Bréfritari: Árni Árnason
Viðtakandi: Jón Borgfirðings Jónsson
Dagsetning: A-1860-08-12
Skrifað á: Enni  Eyf.

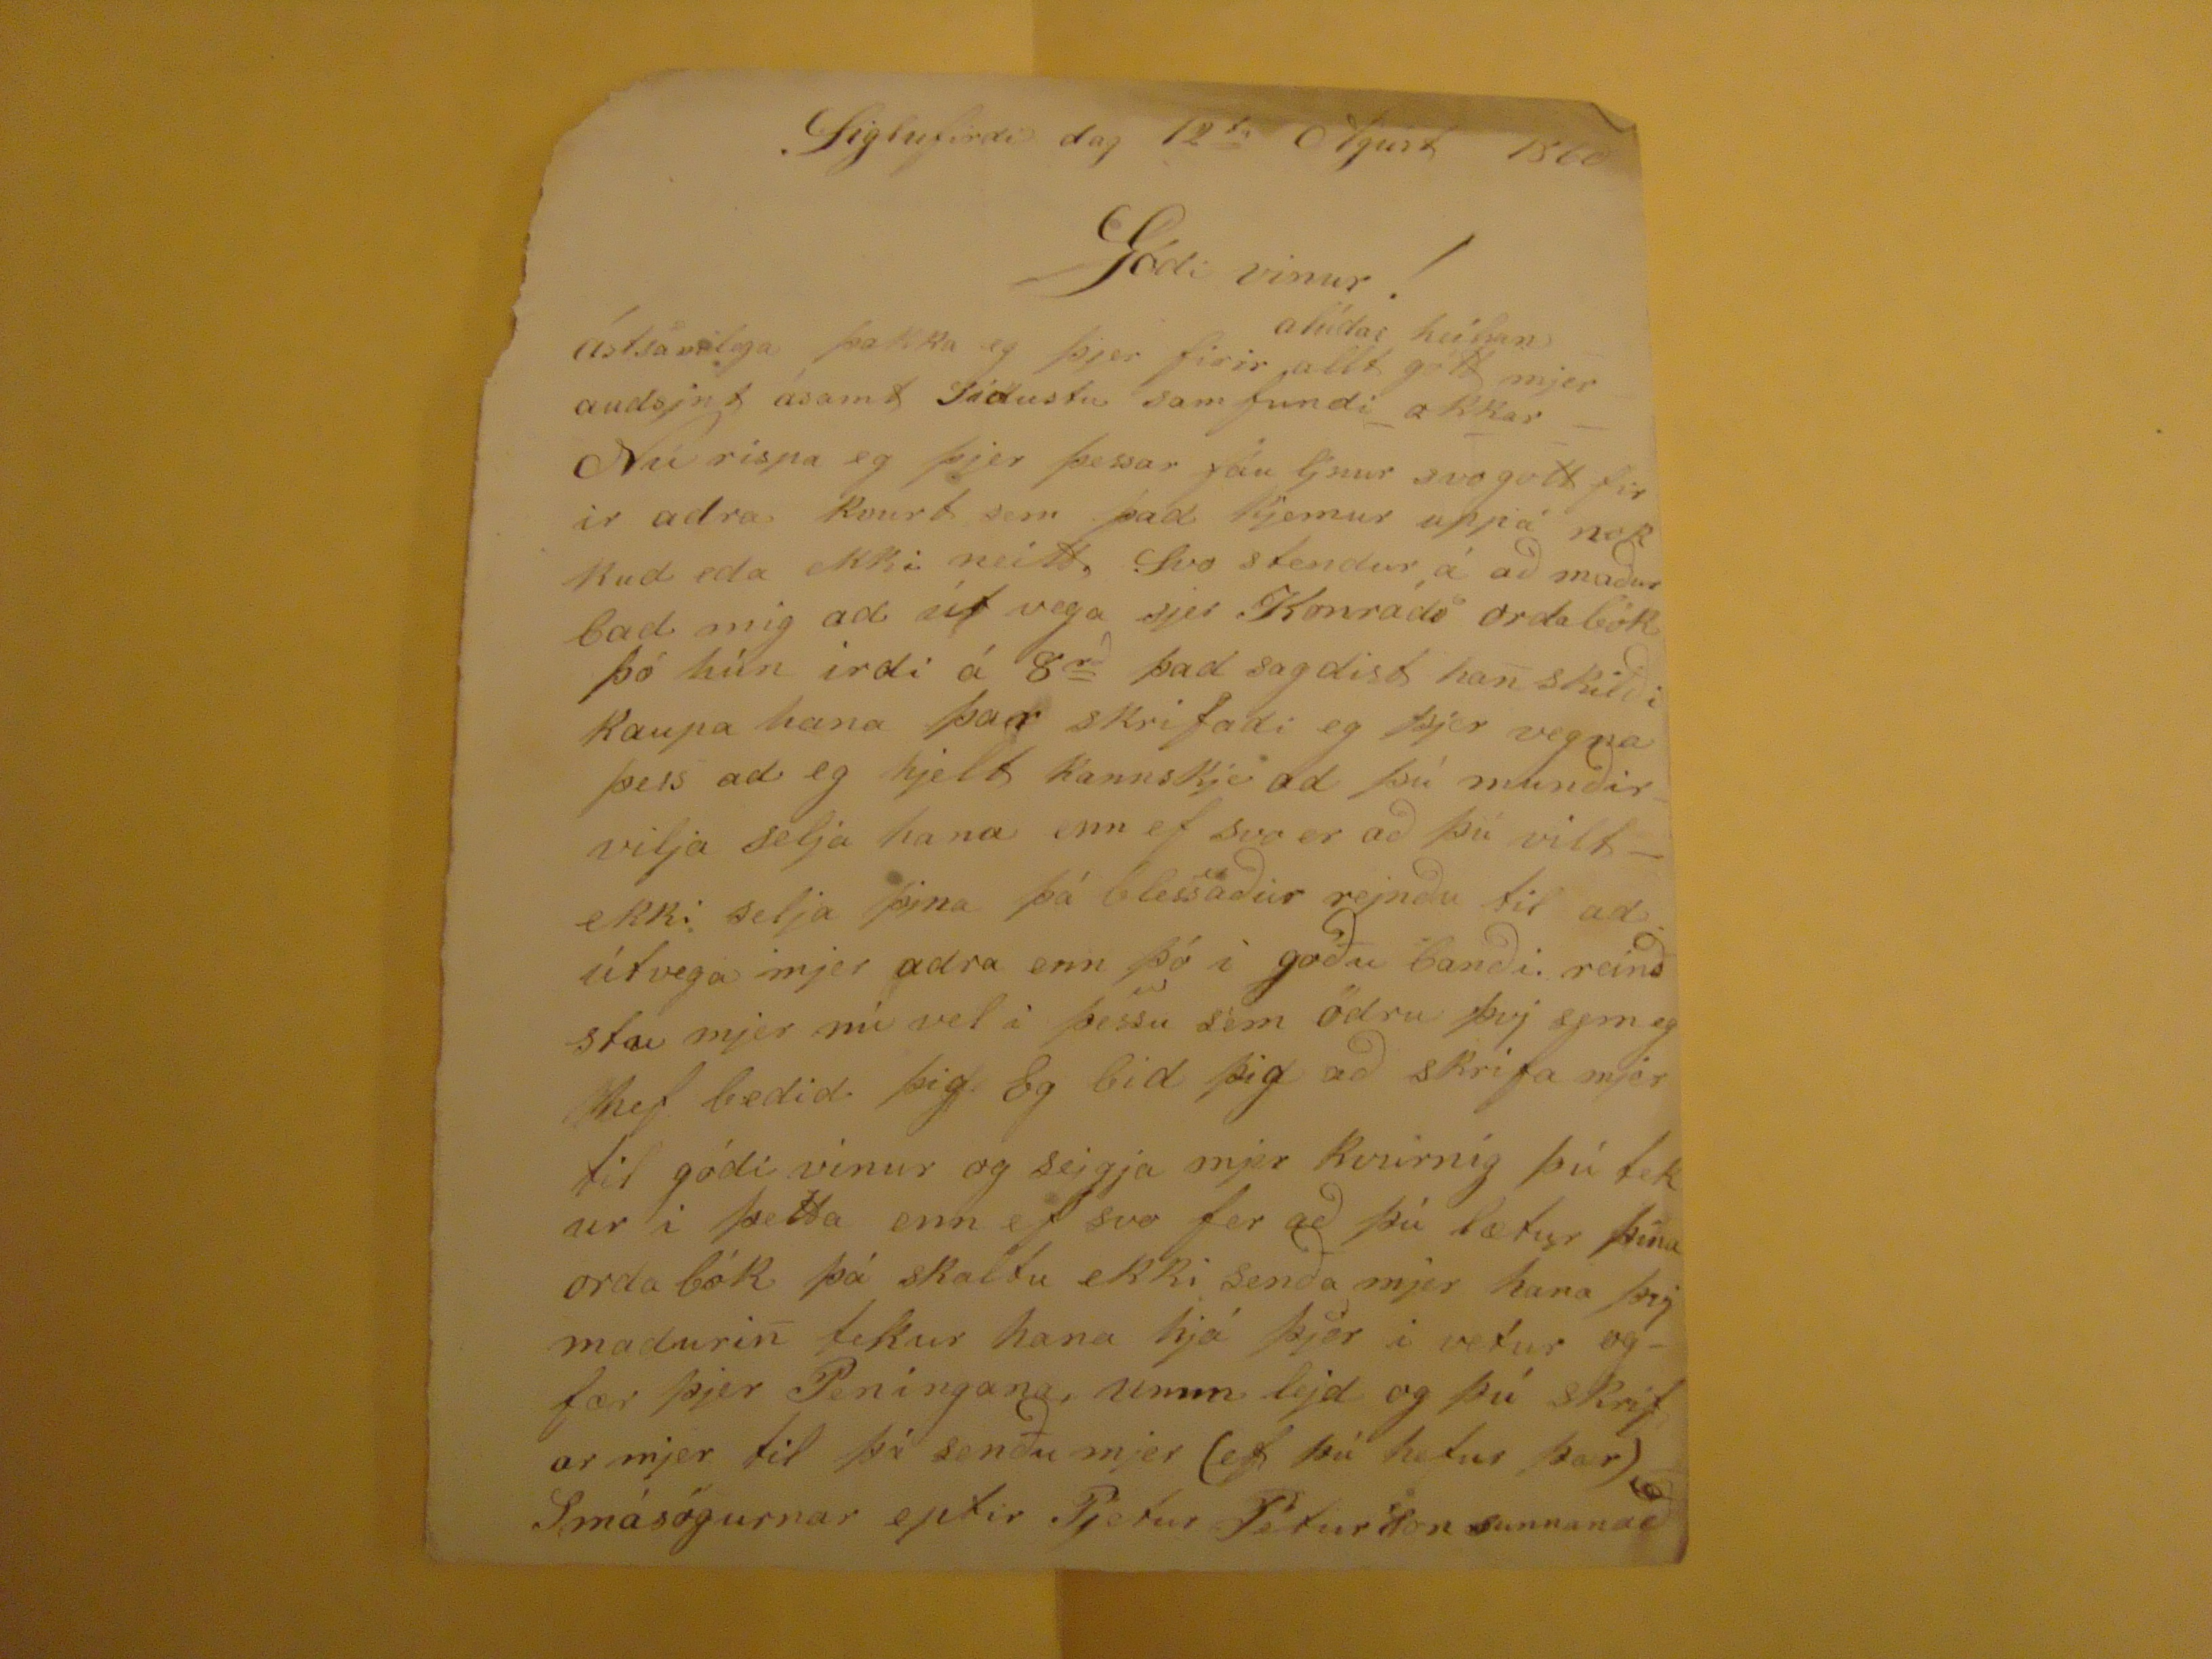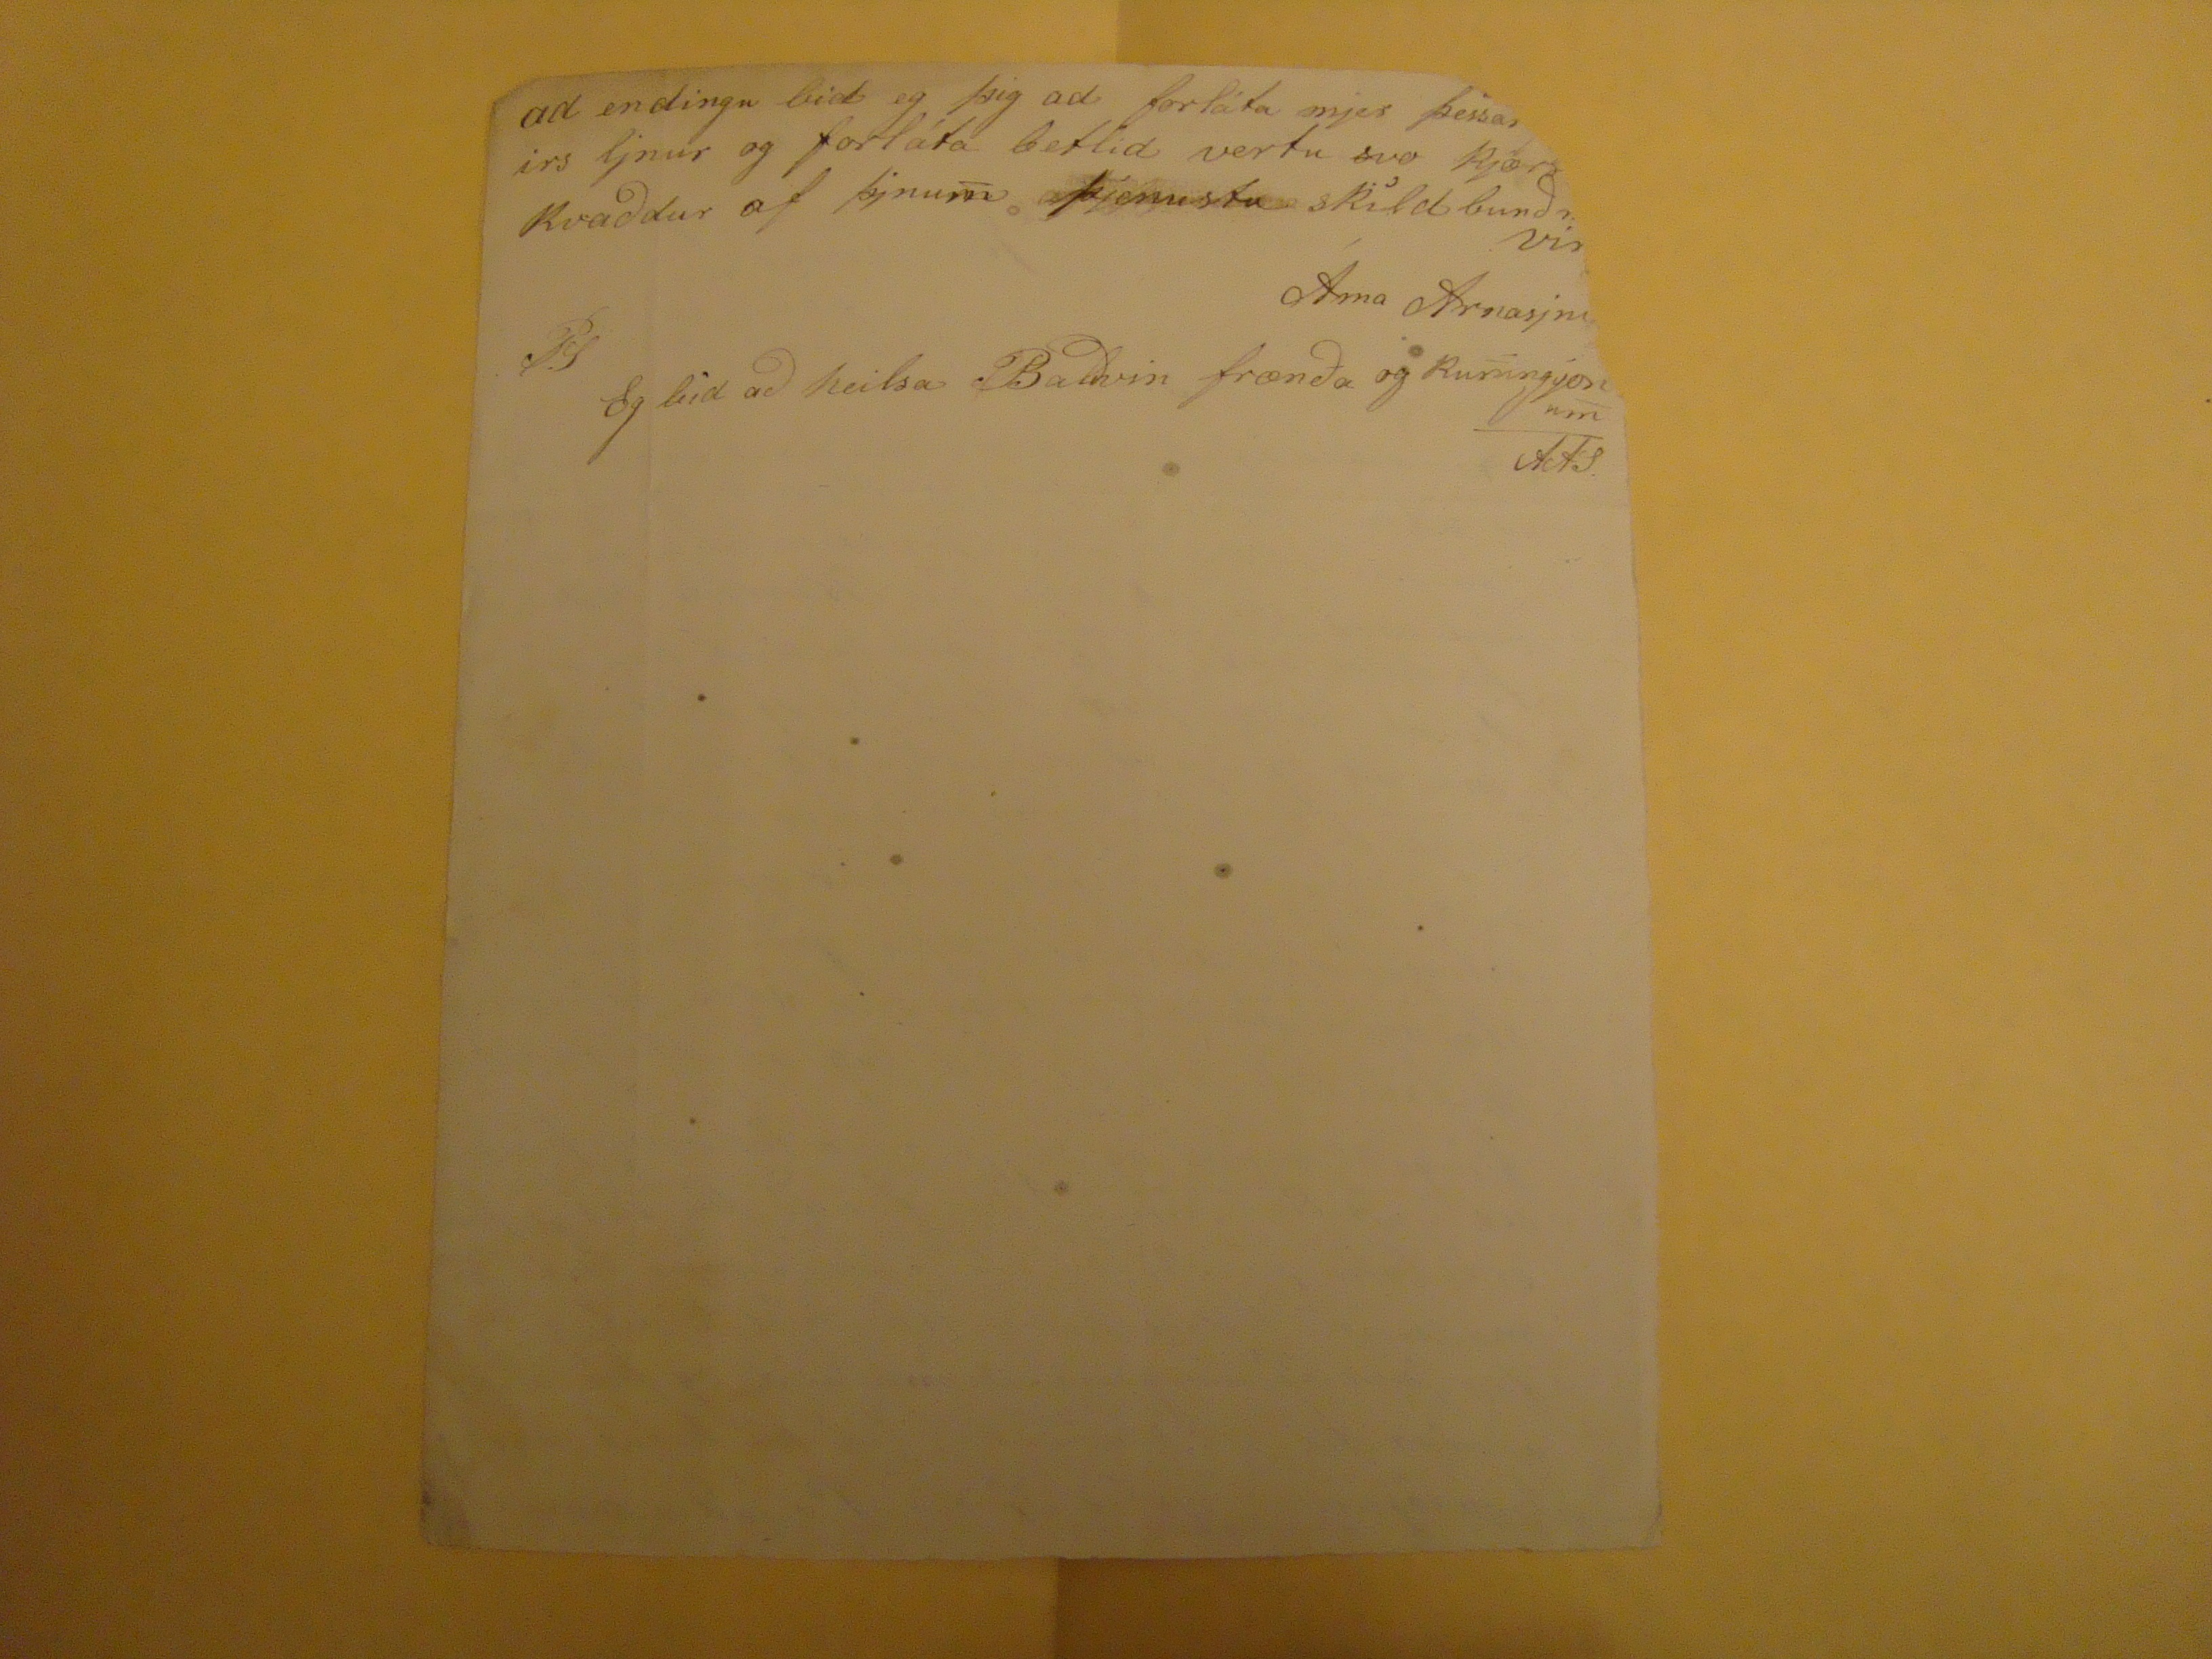

Siglufirdi dag 12
ta
Agust 1860
Gódi vinur!
alúdar heilsan
ástsamlega þakka eg þjer firir allt gott mjer audsjnt ásamt sídustu sam fundi okkar Nú rispa eg þjer þessar fáu ljnur svo gott firir adra Kvurt sem þad kjemur uppá nokkud eda ekki neitt. Svo stendur á að maður bad mig ad út vega sjer Konráds ordabók þó hún irdi á 8
rð
þad sagdist ha
n
skilði kaupa hana þar skrifadi eg þjer vegna þess ad eg hjelt kannskje ad þú munðir vilja selja hana enn ef svo er að þú vilt ekki selja þjna þá blessaður rejnðu til ad útvega mjer adra enn þó i goðu banði. reinðstu mjer nú vel i þessu sem ödru þvj sem eg hef bedid þig. Eg bid þig að skrifa mjer til góði vinur og sejgja mjer kvurnig þú tekur i þetta enn ef svo fer að þú lætur þína orda bók þá skaltu ekki senða mjer hana þvj maduri
n
tekur hana hjá þjer i vetur og fær þjer Peningana, umm lejd og þú skrifar mjer til þá senðu mjer (ef þú hefur þær) Smásögurnar eptir Pjetur Péturson sunnanað
ad endingu bid eg þig ad forláta mjer þessar
[vantar á blaðið]
irs ljnur og forláta betlid vertu svo kjær
[vantar á blaðið]
Kvaddur af þjnum þjenustu skildnunð
[vantar á blaðið]
Vin
[vantar á blaðið]
Árna Arnasjni
PS Eg bid að heilsa Baldvin frænda og kunningjonum AAS.